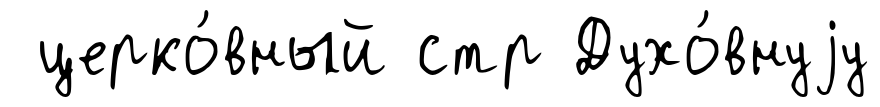
церко́вный стр Духо́внуjу